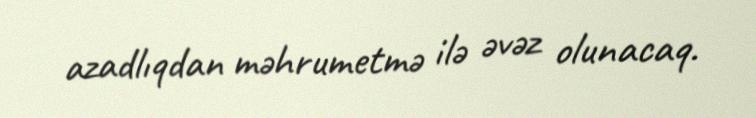
azadlıqdan məhrumetmə ilə əvəz olunacaq.